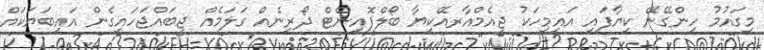
މިގައުމު ހިންގޭނޭ ކިޔާފައި އައިމީހަކު ޖީއެމްއާރއޭކިޔާ ބޯލްފޮއިންޓް ދޯރިނެއް ގަލަމެއް ޖީބައްޖަހައިގެން އައިބަޔަކައް